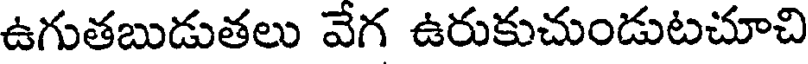
ఉగుతబుడుతలు వేగ ఉరుకుచుండుటచూచి